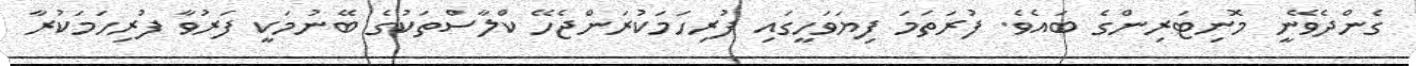
ގެންދެވޭނީ މޮނިޓަރިންގެ ބައެވެ. ފުރަތަމަ ފިޔަވަހީގައި ފުރިހަމަކުރަންޖެހޭ ކްލާސްތަކުގެ ބޭނުމަކީ ފަރުވާ ފުރިހަމަކުރާ